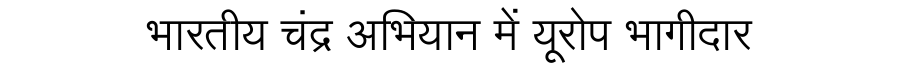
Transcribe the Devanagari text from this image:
भारतीय चंद्र अभियान में यूरोप भागीदार